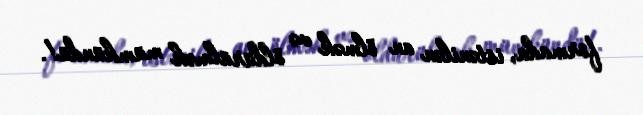
formada, istənilən an ölmək və öldürülmək mümkündü!.